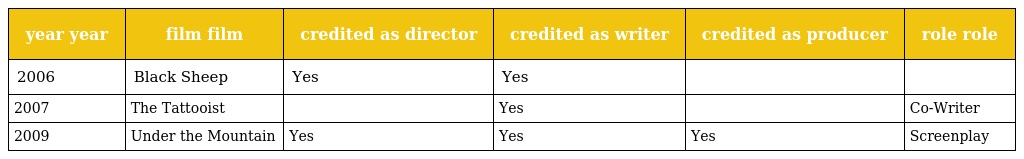
| year year | film film | credited as director | credited as writer | credited as producer | role role |
 | --- | --- | --- | --- | --- | --- |
 | 2006 | Black Sheep | Yes | Yes |  |  |
 | 2007 | The Tattooist |  | Yes |  | Co-Writer |
 | 2009 | Under the Mountain | Yes | Yes | Yes | Screenplay |